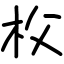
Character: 𣏤